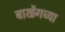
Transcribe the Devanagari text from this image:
बाखेंगच्या